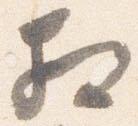
相